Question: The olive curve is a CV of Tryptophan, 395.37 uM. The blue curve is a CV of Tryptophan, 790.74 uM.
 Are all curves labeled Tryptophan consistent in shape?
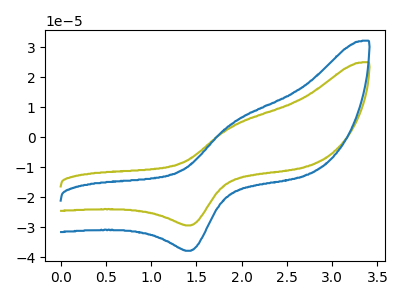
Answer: <think>The olive curve "Tryptophan, 395.37 uM" has an anodic peak at (1.90V, 3.85uA) and a cathodic peak at (1.45V, -29.40uA). The blue curve "Tryptophan, 790.74 uM" has an anodic peak at (1.90V, 5.00uA) and a cathodic peak at (1.45V, -37.85uA).
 All the peaks in "Tryptophan, 395.37 uM" have a peak in "Tryptophan, 790.74 uM" at the same potential. Every peak in "Tryptophan, 395.37 uM" is lower than every peak in "Tryptophan, 790.74 uM".</think>
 <answer>All the CV's of "Tryptophan" have similar shape.</answer>
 <eval>follow_rule</eval>